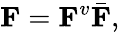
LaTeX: \mathbf{F}=\mathbf{F}^{v}\bar{\mathbf{F}},